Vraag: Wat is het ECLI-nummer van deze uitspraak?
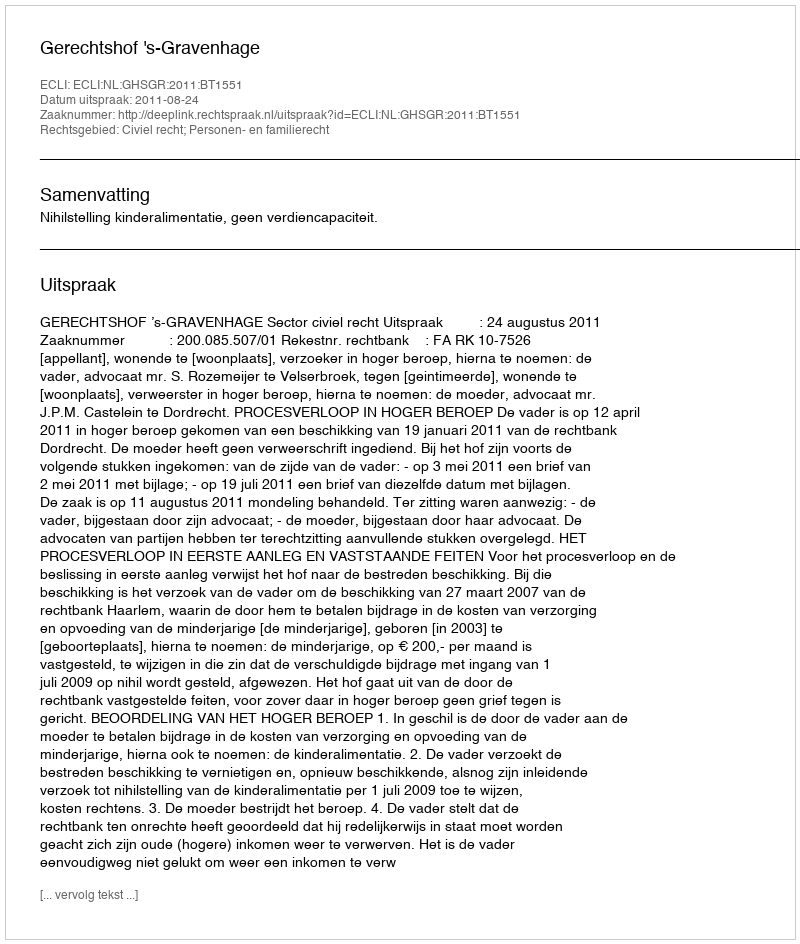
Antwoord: ECLI:NL:GHSGR:2011:BT1551